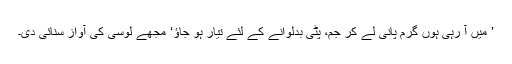
’ میں آ رہی ہوں گرم پانی لے کر جم، پٹی بدلوانے کے لئے تیار ہو جاؤ‘ مجھے لوسی کی آواز سنائی دی۔